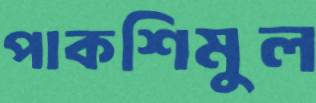
পাকশিমুল